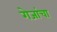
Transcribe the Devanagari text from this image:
गेजांचा